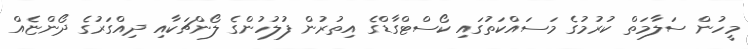
މީހުން ސަލާމަތް ކުރުމުގެ މަސައްކަތުގައި ކޯސްޓްގާޑްގެ އިތުރުން ފުލުހުންގެ ލޯންޗަކާއި ދިއްގަރުގެ ދޯންޏެއް